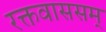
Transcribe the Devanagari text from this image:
रक्तवाससम्